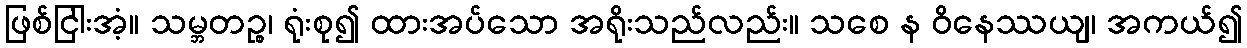
ဖြစ်ငြါးအံ့။ သမ္ဘတဉ္စ၊ ရုံးစု၍ ထားအပ်သော အရိုးသည်လည်း။ သစေ န ဝိနေဿယျ၊ အကယ်၍